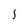
Character: S